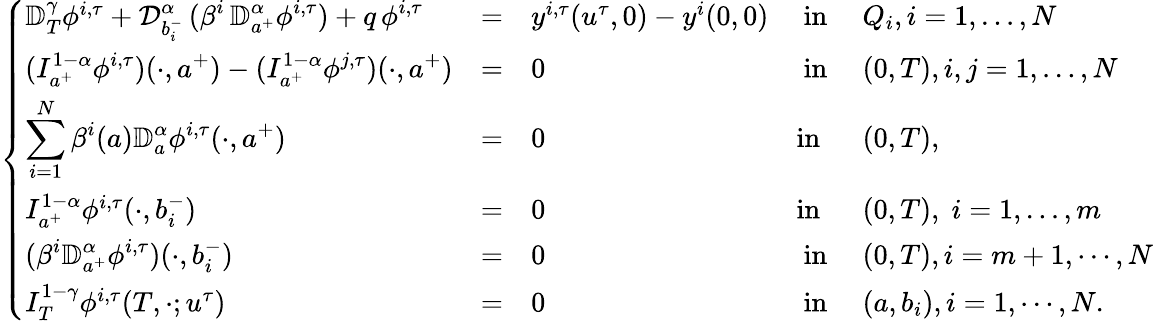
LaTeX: \displaystyle\left\{ \begin{array}{lllllllll}{\mathbb{D}_{T}^{\gamma}\phi^{i,\tau}+\displaystyle{\mathcal D}_{b_{i}^{-}}^{\alpha}\, (\beta^{i}\, {\mathbb D}_{a^{+}}^{\alpha}\phi^{i,\tau})+q\, \phi^{i,\tau}}&{=}&{y^{i,\tau}(u^{\tau},0)-y^{i}(0,0)}&{\mathrm{~in~}}&{Q_{i},i=1,\dots,N}\\ {\displaystyle(I_{a^{+}}^{1-\alpha}\phi^{i,\tau})(\cdot,a^{+})-(I_{a^{+}}^{1-\alpha}\phi^{j,\tau})(\cdot,a^{+})}&{=}&{0}&{\mathrm{~in~}}&{(0,T),i,j=1,\dots,N}\\ {\displaystyle\sum_{i=1}^{N}\beta^{i}(a){\mathbb D}_{a}^{\alpha}\phi^{i,\tau}(\cdot,a^{+})}&{=}&{0}&{\mathrm{in}}&{(0,T),}\\ {I_{a^{+}}^{1-\alpha}\phi^{i,\tau}(\cdot,b_{i}^{-})}&{=}&{0}&{\mathrm{in}}&{(0,T),\; i=1,\dots,m}\\ {\displaystyle(\beta^{i}{\mathbb D}_{a^{+}}^{\alpha}\phi^{i,\tau})(\cdot,b_{i}^{-})}&{=}&{0}&{\mathrm{~in~}}&{(0,T),i=m+1,\cdots,N}\\ {I_{T}^{1-\gamma}\phi^{i,\tau}(T,\cdot;u^{\tau})}&{=}&{0}&{\mathrm{~in~}}&{(a,b_{i}),i=1,\cdots,N.}\end{array}\right.